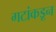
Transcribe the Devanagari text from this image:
गटांकडून